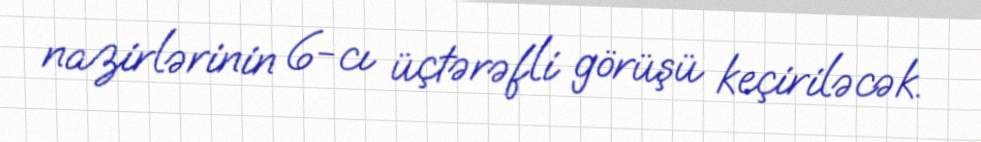
nazirlərinin 6-cı üçtərəfli görüşü keçiriləcək.